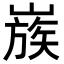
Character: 𡻬